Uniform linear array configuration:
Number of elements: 32
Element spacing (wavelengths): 1
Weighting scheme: exponential
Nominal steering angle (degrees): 15
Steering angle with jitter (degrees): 14.38
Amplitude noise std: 0.05
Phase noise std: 0.05

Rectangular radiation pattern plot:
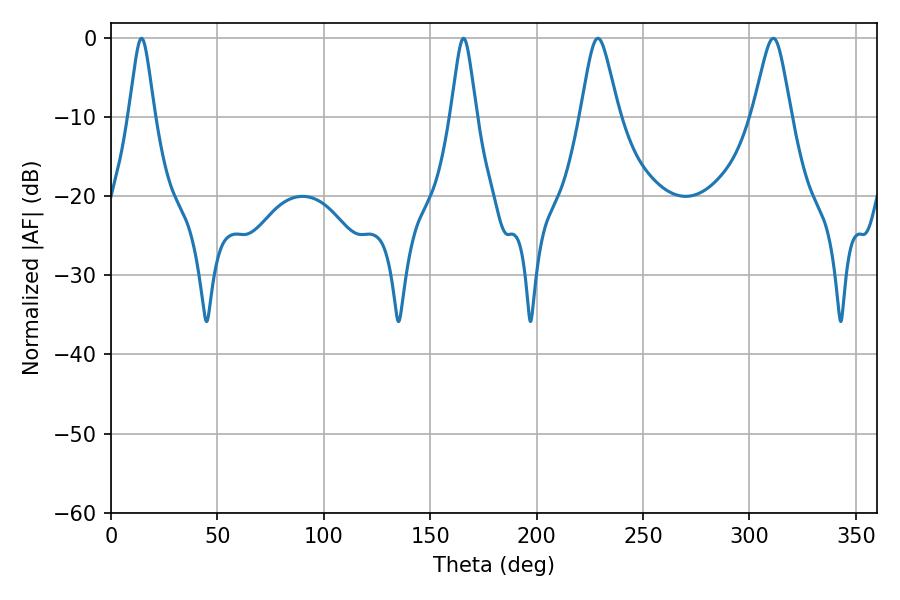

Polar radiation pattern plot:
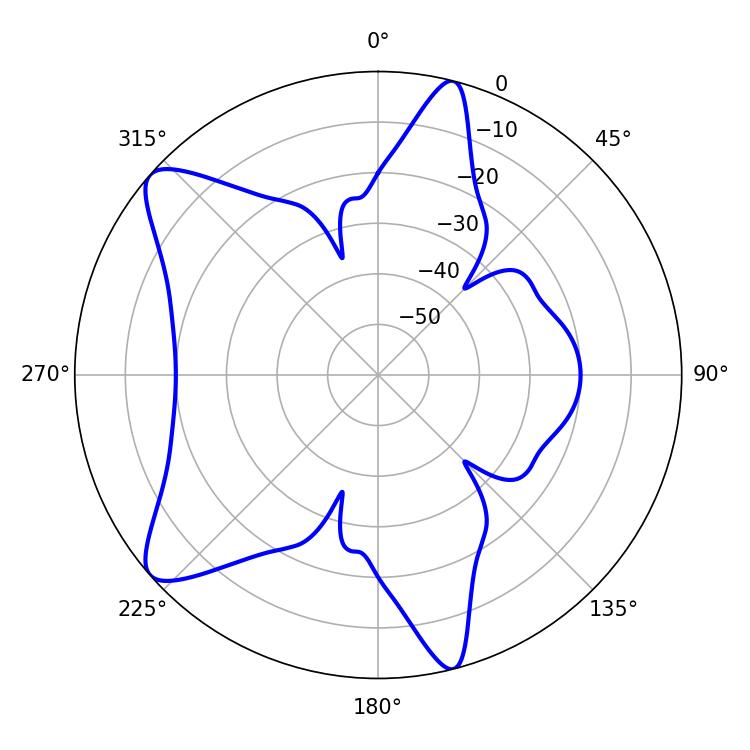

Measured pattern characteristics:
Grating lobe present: TRUE
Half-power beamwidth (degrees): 8.64
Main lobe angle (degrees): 228.78